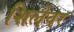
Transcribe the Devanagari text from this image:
शिलेवर